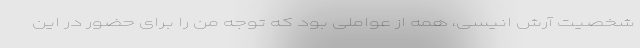
شخصیت آرش انیسی، همه از عواملی بود که توجه من را برای حضور در این